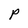
Character: P